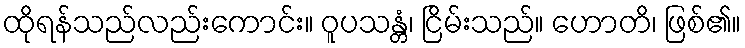
ထိုရန်သည်လည်းကောင်း။ ဝူပသန္တံ၊ ငြိမ်းသည်။ ဟောတိ၊ ဖြစ်၏။